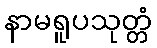
နာမရူပသုတ္တံ